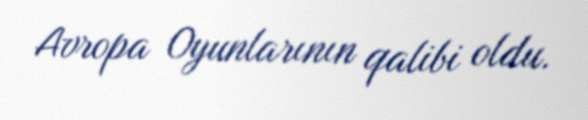
Avropa Oyunlarının qalibi oldu.